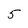
Character: 5